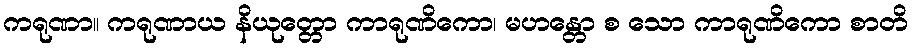
ကရုဏာ။ ကရုဏာယ နိယုတ္တော ကာရုဏိကော၊ မဟန္တော စ သော ကာရုဏိကော စာတိ